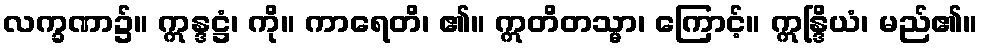
လက္ခဏာ၌။ ဣန္ဒဋ္ဌံ၊ ကို။ ကာရေတိ၊ ၏။ ဣတိတသ္မာ၊ ကြောင့်။ ဣန္ဒြိယံ၊ မည်၏။